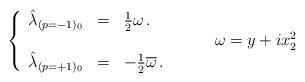
LaTeX: \begin{align*}\left\{\begin{array}{rcl}\hat{\lambda}_{(p=-1)_{0}} & = &{\textstyle\frac{1}{2}} \omega\, .\\& & \\\hat{\lambda}_{(p=+1)_{0}} & = &-{\textstyle\frac{1}{2}} \overline{\omega}\, .\\\end{array}\right.\hspace{1cm}\omega=y+ix_{2}^{2}\end{align*}